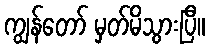
ကျွန်တော် မှတ်မိသွားပြီ။